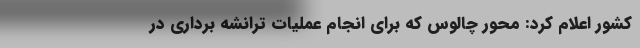
کشور اعلام کرد: محور چالوس که برای انجام عملیات ترانشه برداری در